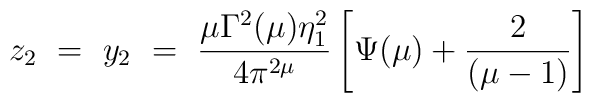
z_2 ~=~ y_2 ~=~ \frac{\mu \Gamma^2(\mu)\eta^2_1}{4\pi^{2\mu}}\left[ \Psi(\mu) + \frac{2}{(\mu-1)} \right]